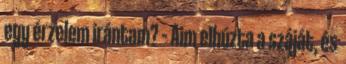
egy érzelem irántam? – Aim elhúzta a száját, és